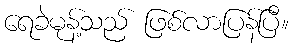
ရေခဲမုန့်သည် ဖြစ်လာပြန်ပြီ။